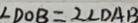
\angle D O B = 2 \angle D A B